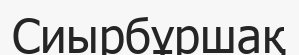
Сиырбұршақ